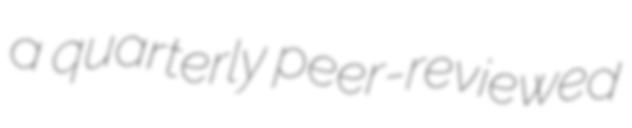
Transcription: a quarterly peer-reviewed